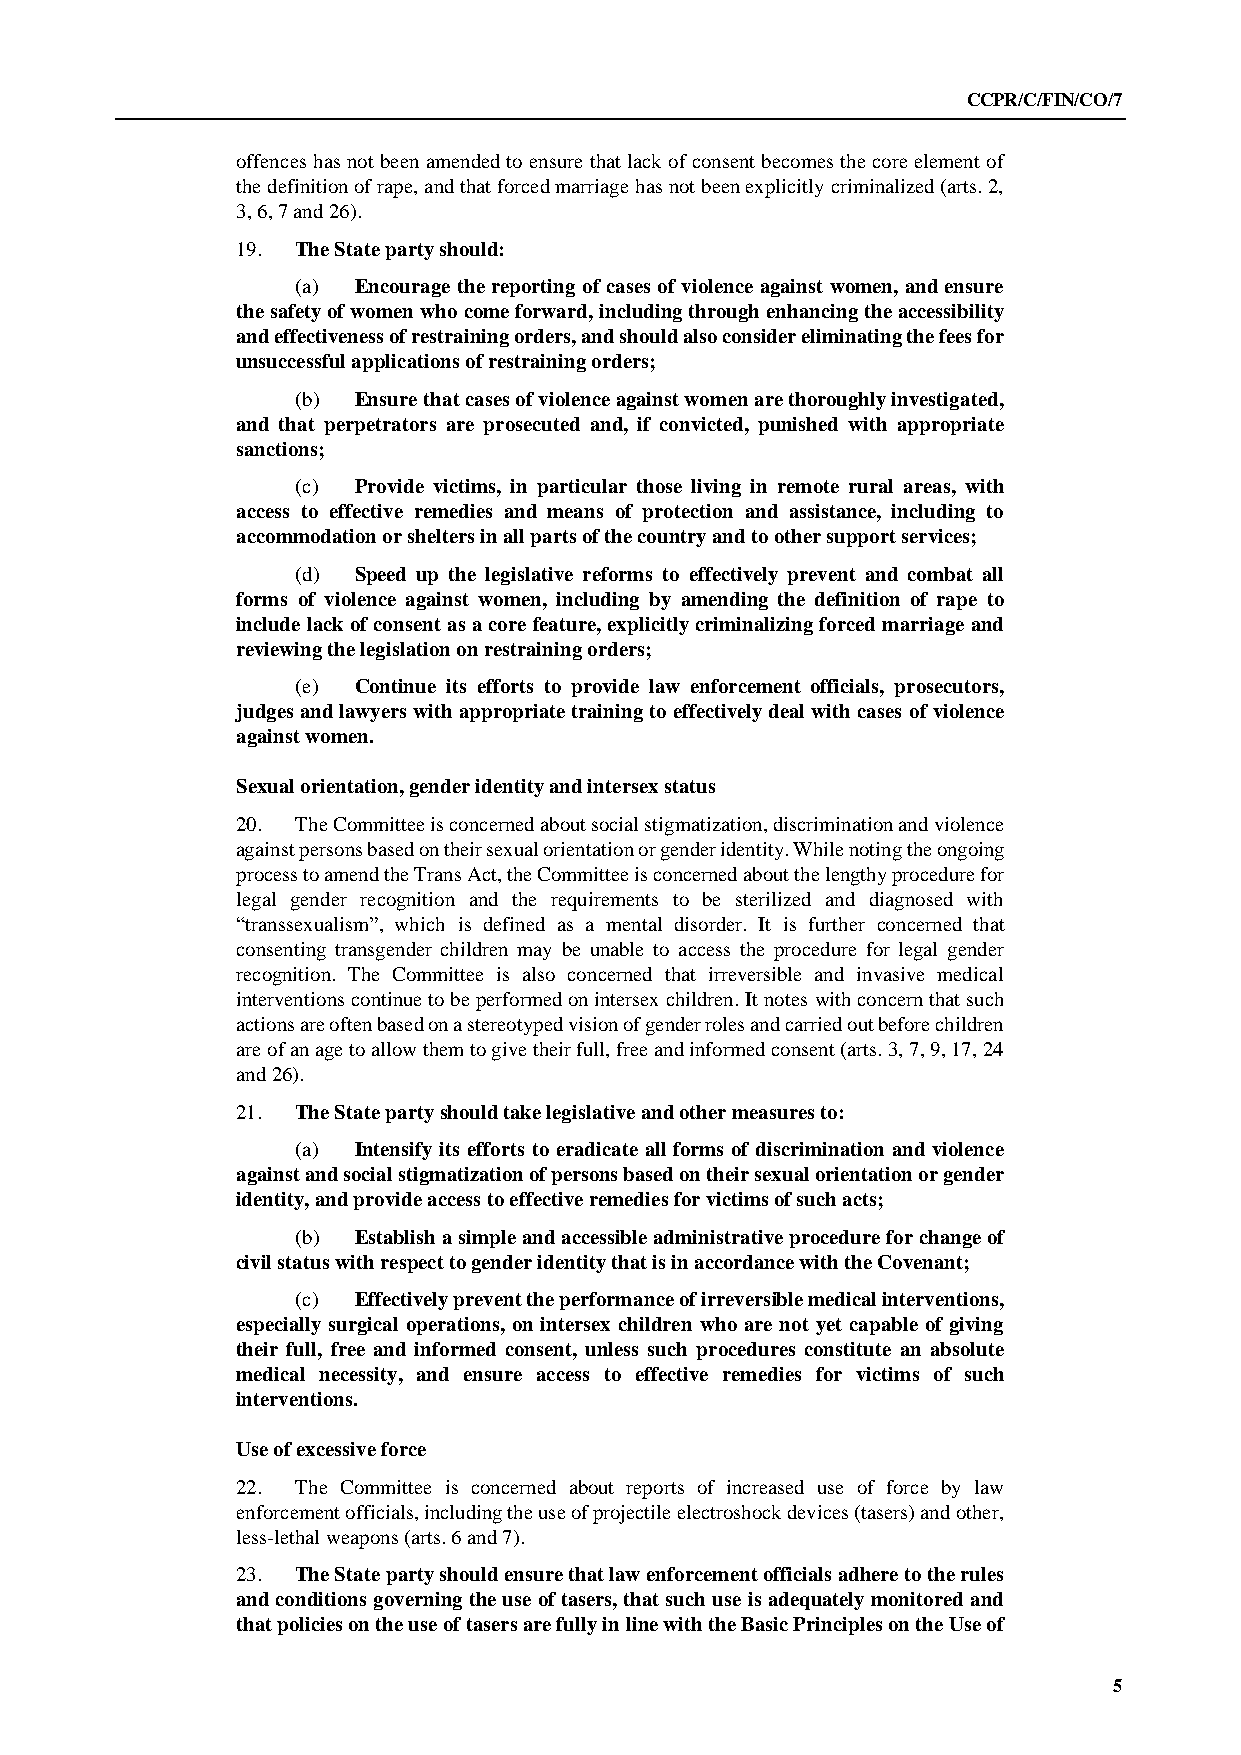
CCPR/C/FIN/CO/7
 offences has not been amended to ensure that lack of consent becomes the core element of
 the definition of rape, and that forced marriage has not been explicitly criminalized (arts. 2,
 3, 6, 7 and 26).
 19. The State party should:
 (a) Encourage the reporting of cases of violence against women, and ensure
 the safety of women who come forward, including through enhancing the accessibility
 and effectiveness of restraining orders, and should also consider eliminating the fees for
 unsuccessful applications of restraining orders;
 (b) Ensure that cases of violence against women are thoroughly investigated,
 and that perpetrators are prosecuted and, if convicted, punished with appropriate
 sanctions;
 (c) Provide victims, in particular those living in remote rural areas, with
 access to effective remedies and means of protection and assistance, including to
 accommodation or shelters in all parts of the country and to other support services;
 (d) Speed up the legislative reforms to effectively prevent and combat all
 forms of violence against women, including by amending the definition of rape to
 include lack of consent as a core feature, explicitly criminalizing forced marriage and
 reviewing the legislation on restraining orders;
 (e) Continue its efforts to provide law enforcement officials, prosecutors,
 judges and lawyers with appropriate training to effectively deal with cases of violence
 against women.
 Sexual orientation, gender identity and intersex status
 20. The Committee is concerned about social stigmatization, discrimination and violence
 against persons based on their sexual orientation or gender identity. While noting the ongoing
 process to amend the Trans Act, the Committee is concerned about the lengthy procedure for
 legal gender recognition and the requirements to be sterilized and diagnosed with
 “transsexualism”, which is defined as a mental disorder. It is further concerned that
 consenting transgender children may be unable to access the procedure for legal gender
 recognition. The Committee is also concerned that irreversible and invasive medical
 interventions continue to be performed on intersex children. It notes with concern that such
 actions are often based on a stereotyped vision of gender roles and carried out before children
 are of an age to allow them to give their full, free and informed consent (arts. 3, 7, 9, 17, 24
 and 26).
 21. The State party should take legislative and other measures to:
 (a) Intensify its efforts to eradicate all forms of discrimination and violence
 against and social stigmatization of persons based on their sexual orientation or gender
 identity, and provide access to effective remedies for victims of such acts;
 (b) Establish a simple and accessible administrative procedure for change of
 civil status with respect to gender identity that is in accordance with the Covenant;
 (c) Effectively prevent the performance of irreversible medical interventions,
 especially surgical operations, on intersex children who are not yet capable of giving
 their full, free and informed consent, unless such procedures constitute an absolute
 medical necessity, and ensure access to effective remedies for victims of such
 interventions.
 Use of excessive force
 22. The Committee is concerned about reports of increased use of force by law
 enforcement officials, including the use of projectile electroshock devices (tasers) and other,
 less-lethal weapons (arts. 6 and 7).
 23. The State party should ensure that law enforcement officials adhere to the rules
 and conditions governing the use of tasers, that such use is adequately monitored and
 that policies on the use of tasers are fully in line with the Basic Principles on the Use of
 5